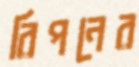
রিপনের